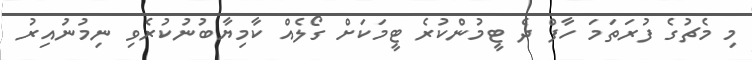
މި މެޗުގެ ފުރަތަމަ ހާފް ދެ ޓީމުންކުރެ ޓީމަކަށް ގޯލެއް ކާމިޔާބުނުކުރެވި ނިމުނުއިރު